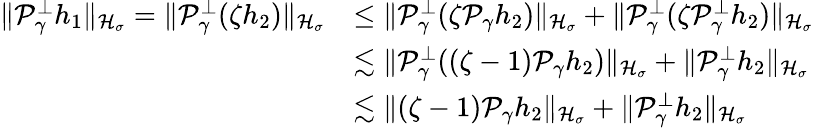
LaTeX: \begin{array}{rl}{\| \mathcal P_{\gamma}^{\perp}h_{1}\| _{\mathcal H_{\sigma}}=\| \mathcal P_{\gamma}^{\perp}(\zeta h_{2})\| _{\mathcal H_{\sigma}}}&{\leq\| \mathcal P_{\gamma}^{\perp}(\zeta\mathcal P_{\gamma}h_{2})\| _{\mathcal H_{\sigma}}+\| \mathcal P_{\gamma}^{\perp}(\zeta\mathcal P_{\gamma}^{\perp}h_{2})\| _{\mathcal H_{\sigma}}}\\ &{\lesssim\| \mathcal P_{\gamma}^{\perp}((\zeta-1)\mathcal P_{\gamma}h_{2})\| _{\mathcal H_{\sigma}}+\| \mathcal P_{\gamma}^{\perp}h_{2}\| _{\mathcal H_{\sigma}}}\\ &{\lesssim\| (\zeta-1)\mathcal P_{\gamma}h_{2}\| _{\mathcal H_{\sigma}}+\| \mathcal P_{\gamma}^{\perp}h_{2}\| _{\mathcal H_{\sigma}}}\end{array}